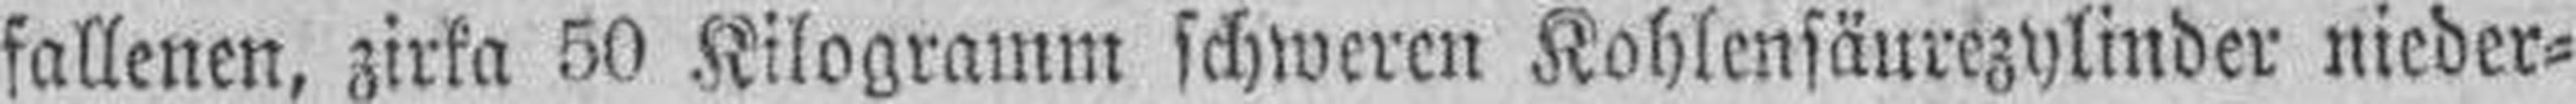
fallenen, zirka 50 Kilogramm schweren Kohlensäurezylinder nieder¬